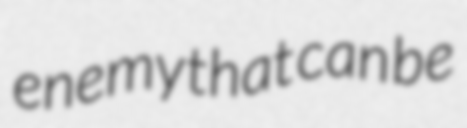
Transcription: enemy that can be